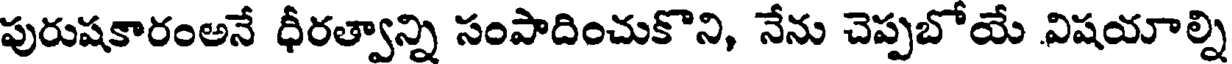
పురుషకారంఅనే ధీరత్వాన్ని సంపాదించుకొని, నేను చెప్పబోయే విషయాల్ని